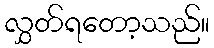
လွှတ်ရတော့သည်။